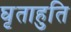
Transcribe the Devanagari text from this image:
घृताहुति